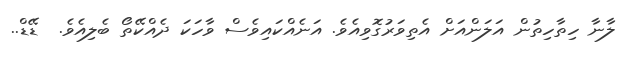
ލާނާ ހިތާހިތުން އަލަންއަށް އެތިވަރުގޮވިއެވެ. އަނެއްކައިވެސް ވާހަކަ ދެއްކޭތޯ ބެލިއެވެ.  ޑޭޑް..